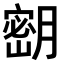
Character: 𫆴